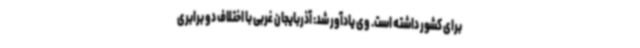
برای کشور داشته است. وی یادآور شد: آذربایجان غربی با اختلاف دو برابری